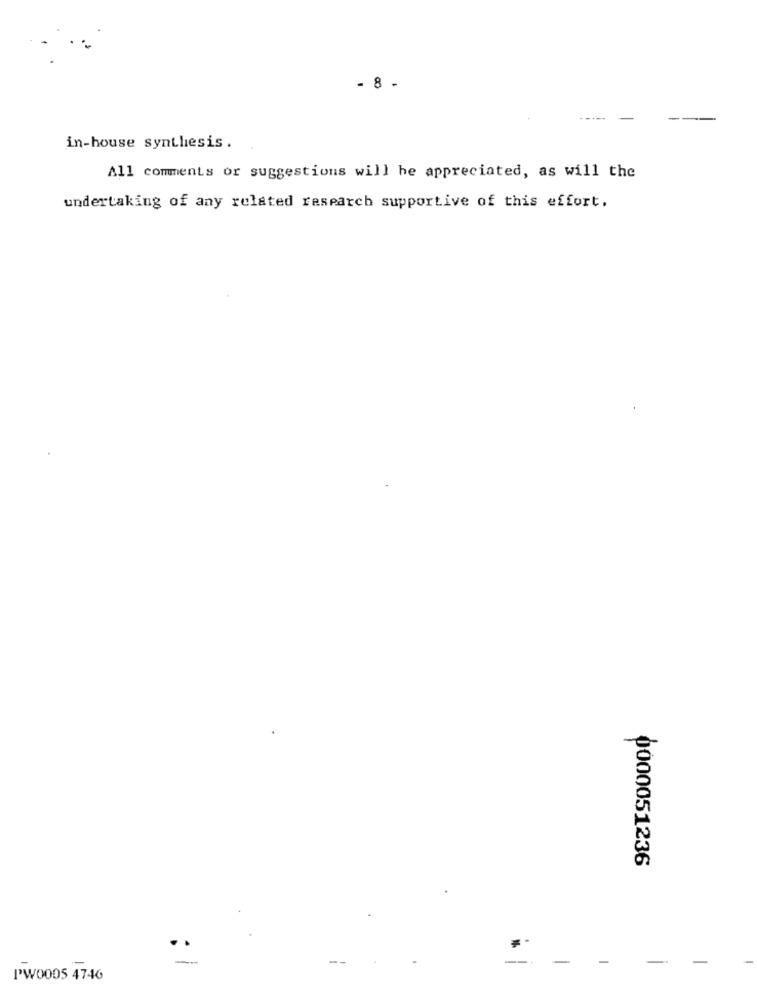
- 8 .
in-house synthesis .
All comments or suggestions will be appreciated, as will the
undertaking of any related research supportive of this effort.
0000051236
*-
..
-
PW0005 4746